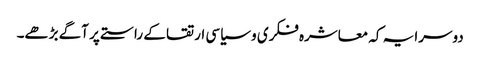
دوسرا یہ کہ معاشرہ فکری و سیاسی ارتقا کے راستے پر آگے بڑھے۔